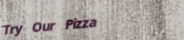
Try Our Pizza